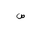
Letter: _sad